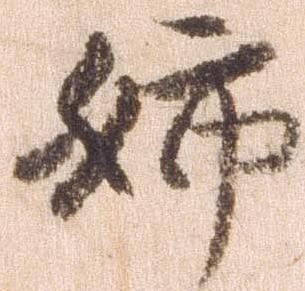
姉